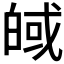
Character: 𪾀